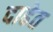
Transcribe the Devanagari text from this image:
दाढेत